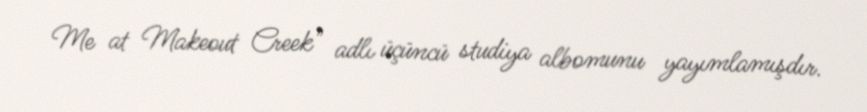
Me at Makeout Creek" adlı üçüncü studiya albomunu yayımlamışdır.